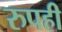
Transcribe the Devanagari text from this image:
रुपही